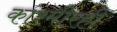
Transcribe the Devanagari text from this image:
काश्मीरही